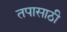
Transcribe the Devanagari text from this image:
तपासाठी